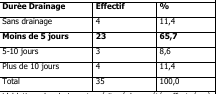
| Durée Drainage | Effectif | % |
 | --- | --- | --- |
 | Sans drainage | 4 | 11,4 |
 | Moins de 5 jours | 23 | 65,7 |
 | 5-10 jours | 3 | 8,6 |
 | Plus de 10 jours | 4 | 11,4 |
 | Total | 35 | 100,0 |